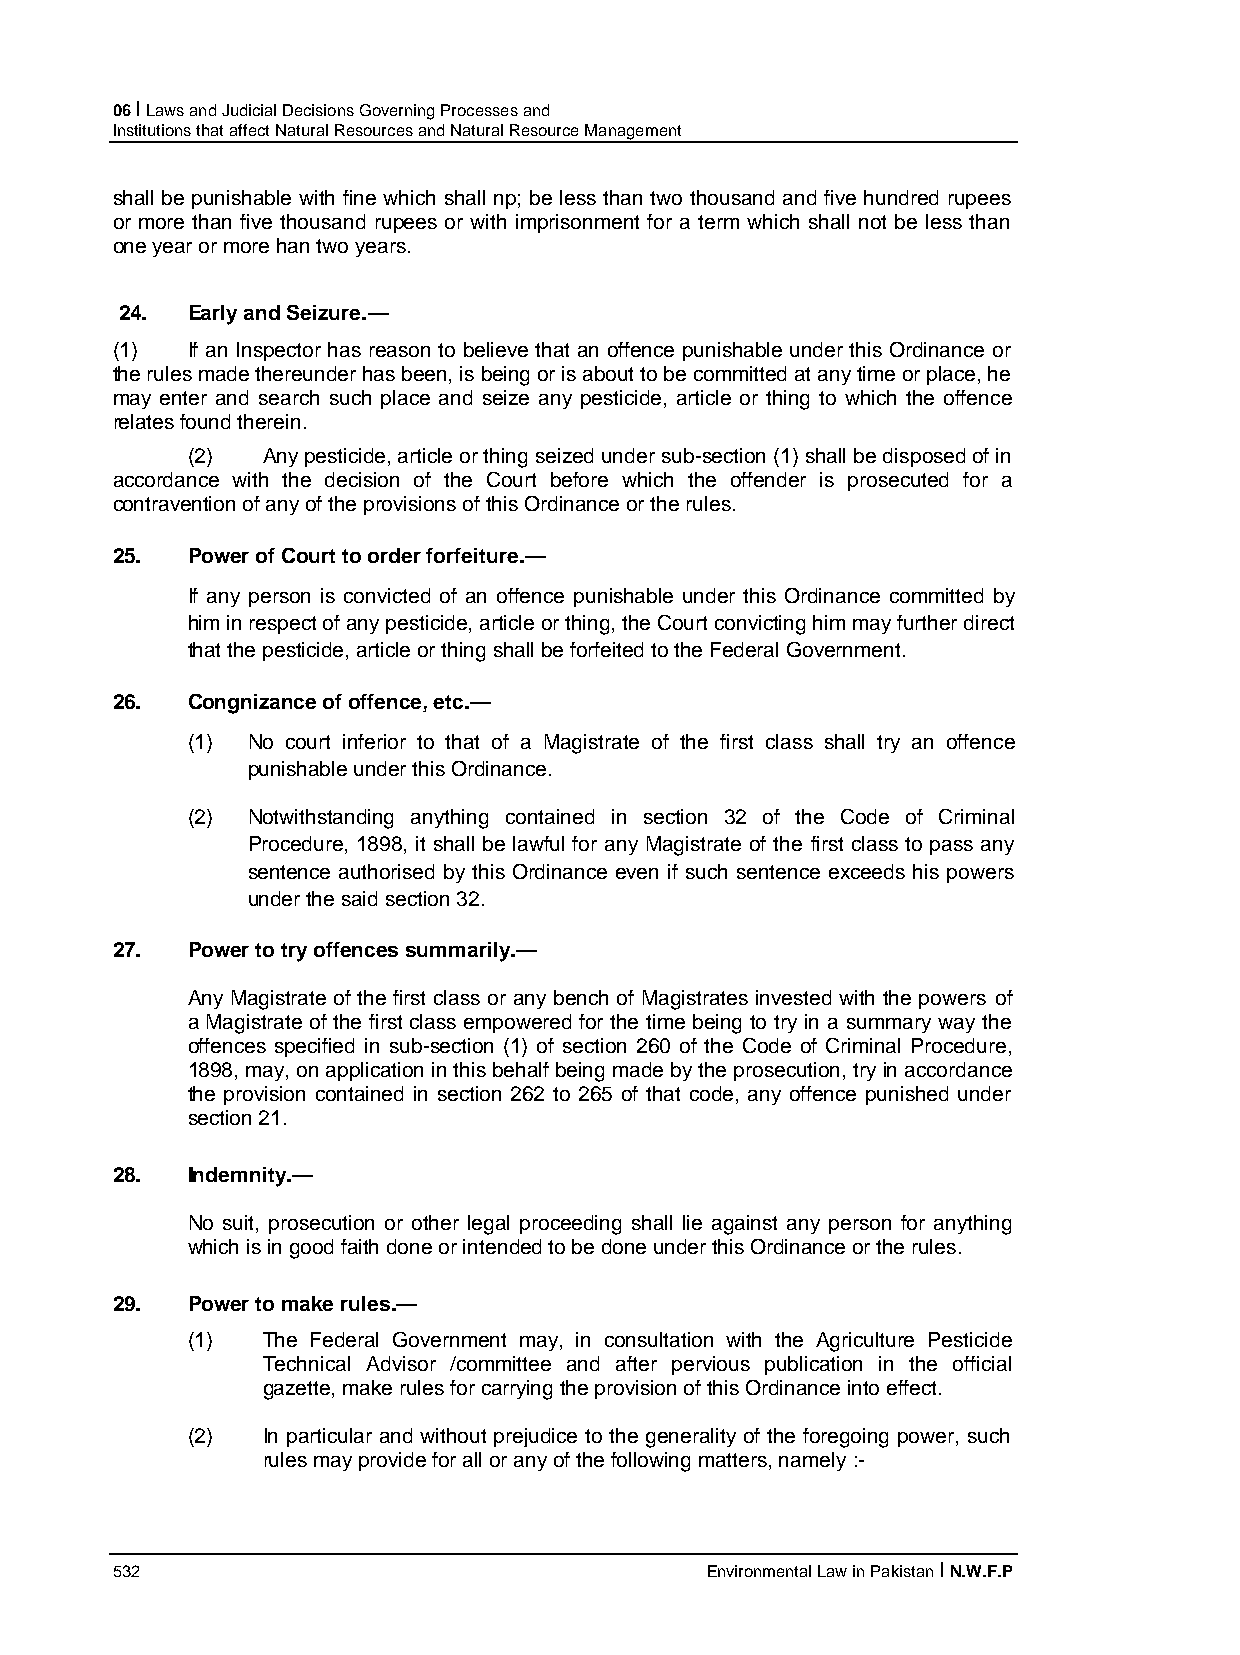
06 I Laws and Judicial Decisions Governing Processes and
 Institutions that affect Natural Resources and Natural Resource Management
 shall be punishable with fine which shall np; be less than two thousand and five hundred rupees
 or more than five thousand rupees or with imprisonment for a term which shall not be less than
 one year or more han two years.
 24. Early and Seizure.—
 (1)  If an Inspector has reason to believe that an offence punishable under this Ordinance or
 the rules made thereunder has been, is being or is about to be committed at any time or place, he
 may enter and search such place and seize any pesticide, article or thing to which the offence
 relates found therein.
 (2)  Any pesticide, article or thing seized under sub-section (1) shall be disposed of in
 accordance with the decision of the Court before which the offender is prosecuted for a
 contravention of any of the provisions of this Ordinance or the rules.
 25.  Power of Court to order forfeiture.—
 If any person is convicted of an offence punishable under this Ordinance committed by
 him in respect of any pesticide, article or thing, the Court convicting him may further direct
 that the pesticide, article or thing shall be forfeited to the Federal Government.
 26.  Congnizance of offence, etc.—
 (1) No court inferior to that of a Magistrate of the first class shall try an offence
 punishable under this Ordinance.
 (2) Notwithstanding anything contained in section 32 of the Code of Criminal
 Procedure, 1898, it shall be lawful for any Magistrate of the first class to pass any
 sentence authorised by this Ordinance even if such sentence exceeds his powers
 under the said section 32.
 27.  Power to try offences summarily.—
 Any Magistrate of the first class or any bench of Magistrates invested with the powers of
 a Magistrate of the first class empowered for the time being to try in a summary way the
 offences specified in sub-section (1) of section 260 of the Code of Criminal Procedure,
 1898, may, on application in this behalf being made by the prosecution, try in accordance
 the provision contained in section 262 to 265 of that code, any offence punished under
 section 21.
 28.  Indemnity.—
 No suit, prosecution or other legal proceeding shall lie against any person for anything
 which is in good faith done or intended to be done under this Ordinance or the rules.
 29.  Power to make rules.—
 (1)  The Federal Government may, in consultation with the Agriculture Pesticide
 Technical Advisor /committee and after pervious publication in the official
 gazette, make rules for carrying the provision of this Ordinance into effect.
 (2)  In particular and without prejudice to the generality of the foregoing power, such
 rules may provide for all or any of the following matters, namely :-
 532                                     Environmental Law in Pakistan I N.W.F.P